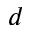
d